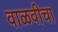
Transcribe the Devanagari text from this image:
वाळवीचा